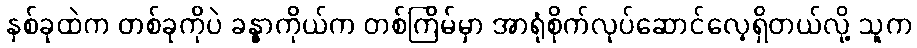
နှစ်ခုထဲက တစ်ခုကိုပဲ ခန္ဓာကိုယ်က တစ်ကြိမ်မှာ အာရုံစိုက်လုပ်ဆောင်လေ့ရှိတယ်လို့ သူက